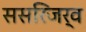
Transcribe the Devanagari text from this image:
ससरिजर्व